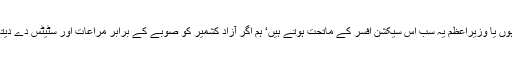
پورے آزاد کشمیر کو آج بھی ایک سیکشن افسر ڈیل کرتا ہے اور آزاد کشمیر کے صدر ہوں یا وزیراعظم یہ سب اس سیکشن افسر کے ماتحت ہوتے ہیں‘ ہم اگر آزاد کشمیر کو صوبے کے برابر مراعات اور سٹیٹس دے دیتے تو کشمیر حکومت کی کارکردگی میں اضافہ ہوجاتا‘ یہ آج بہتر پرفارم کر رہی ہوتی۔